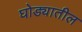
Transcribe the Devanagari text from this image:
घोड्यातील